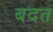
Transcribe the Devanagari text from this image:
बदत